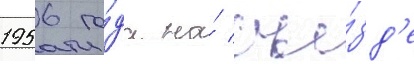
1956 го́да на́ съе́зд'е